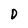
Character: D